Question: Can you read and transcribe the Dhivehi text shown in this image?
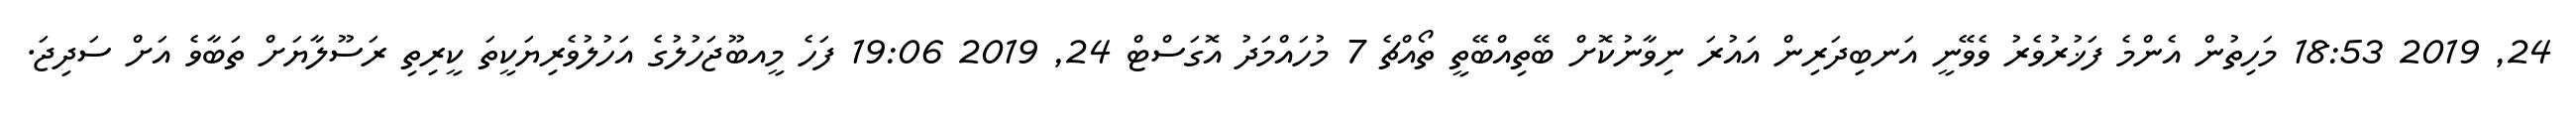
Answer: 24, 2019 18:53 މަހިތުން އެންމެ ފަޚުރުވެރު ވެވޭނީ އަނބިދަރިން އައުރަ ނިވާނުކޮށް ބޭތިއްބޭތީ ތޯއްޗެ 7 މުހައްމަދު އޮގަސްޓް 24, 2019 19:06 ފަހެ މީއބޫޖަހުލުގެ އަހުލުވެރިޔަކީތަ ކީރިތި ރަސޫލާޔަށް ތަބާވެ އަށް ސަދިޖަ.